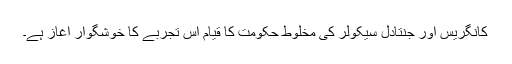
کانگریس اور جنتادل سیکولر کی مخلوط حکومت کا قیام اس تجربے کا خوشگوار آغاز ہے۔